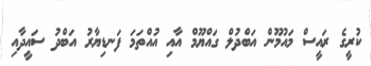
ކުރީގެ ރައީސް މައުމޫން އަބްދުލް ގައްޔޫމް އާއި އުއްތަމަ ފަނޑިޔާރު އަބްދު ސައީދާއި